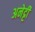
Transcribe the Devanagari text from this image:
अनेट्टी